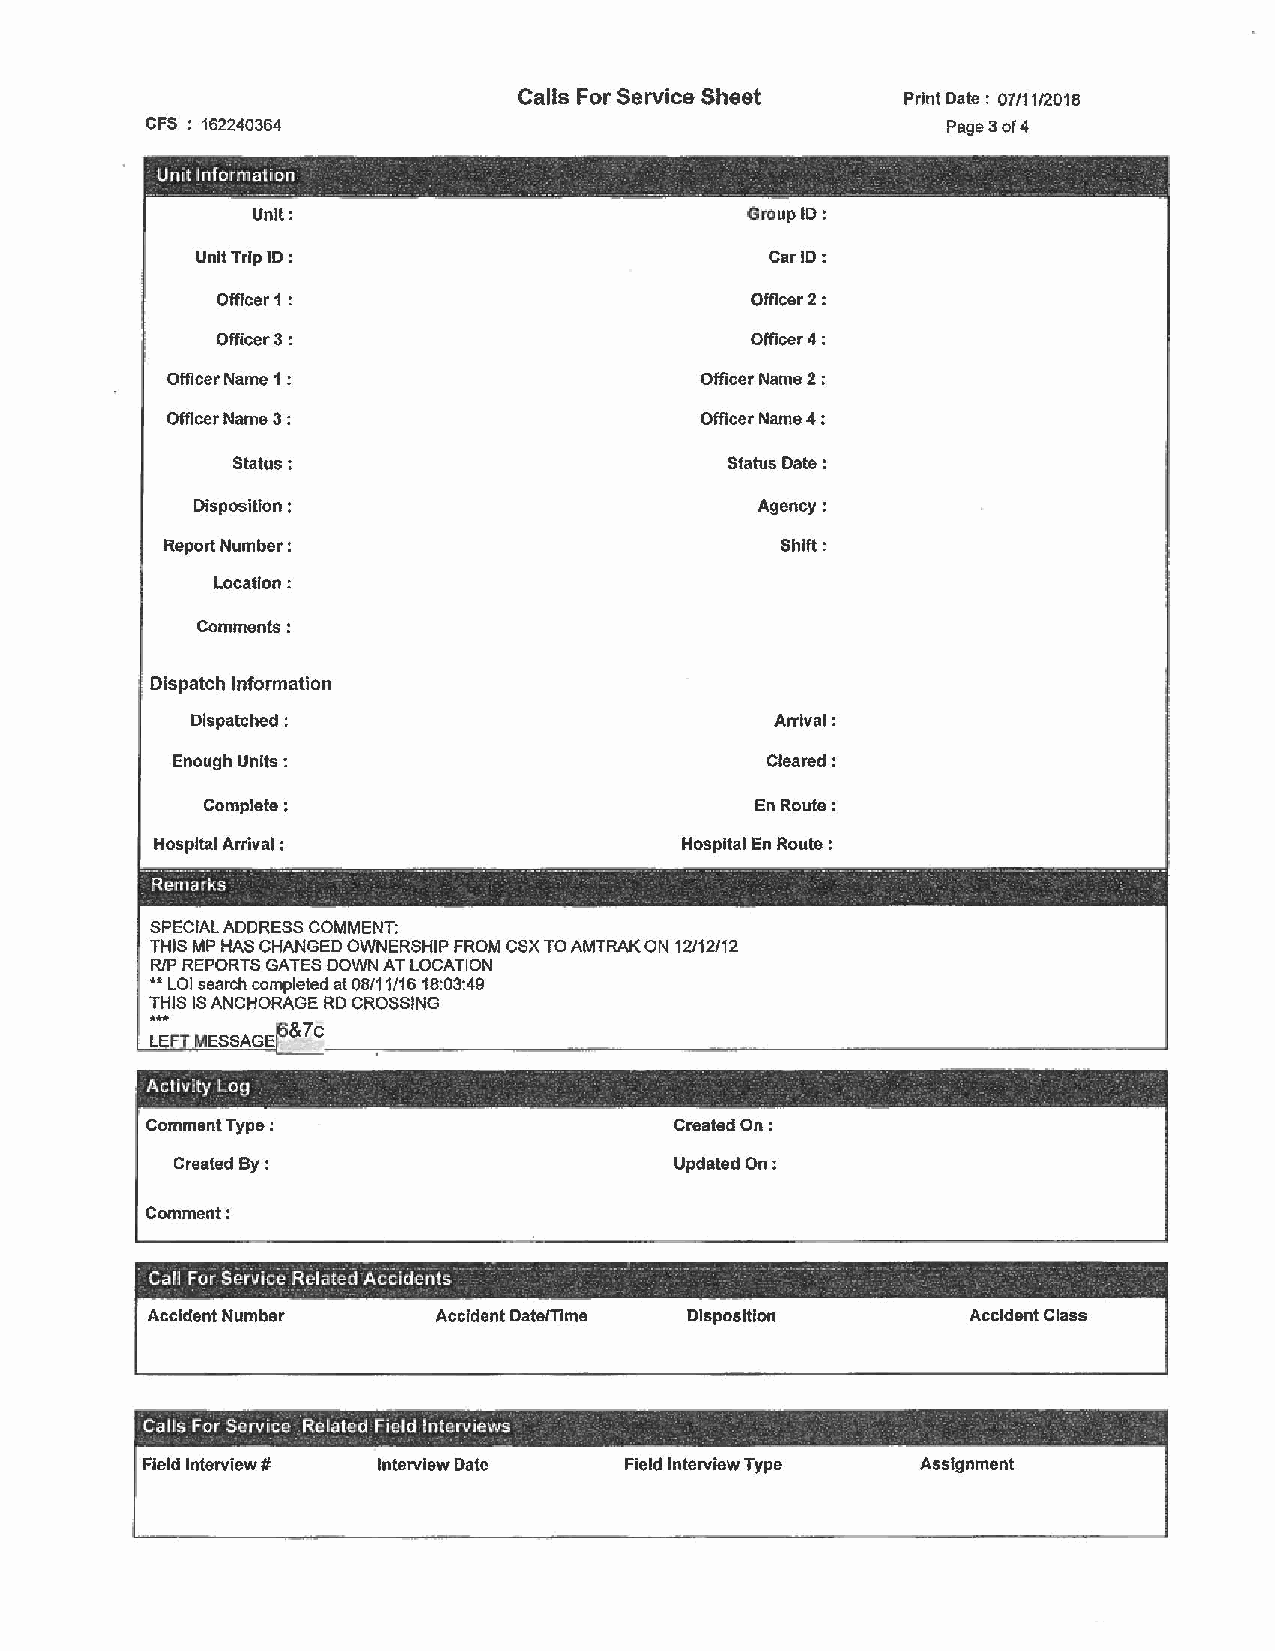
Calls For Service Sheet   Print Date: 07/11/2018
 CFS : 162240364                                      Page 3 of 4
 Unit Information                                             ·
 -      --- -- --        - --.    ·-- .
 Unit:                           Group ID:
 Unit Trip ID :                        Car ID:
 Officer 1 :                         Officer 2:
 Officer3:                           Offlcer4:
 Officer Name 1 :                   Officer Name 2 ;
 Officer Name 3 :                   Officer Name 4 :
 Status:                          Status Date :
 Disposition :                        Agency:
 Report Number :                          Shift:
 Location:
 Comments:
 Dispatch Information
 Dispatched:                           Arrival:
 Enough Units :                          Cleared:
 Complete:                            En Route:
 Hospital Arrival :                 Hospital En Route :
 --- ---·· -- - - ·------ - . --·- . -·--------· . - - - ---- . - - . - - - --
 Remarks                                         ·
 SPECIAL ADDRESS COMMENT:
 THIS MP HAS CHANGED OWNERSHIP FROM CSX TO AMTRAK ON 12/12/12
 R/P REPORTS GATES DOWN AT LOCATION
 ** LOI search completed at 08/11/16 18:03:49
 THJS IS ANCHORAGE RD CROSSING
 ~;F MESSAGEf6&?c
 -
 Activity Log                                       ·
 -          .  -      -
 Comment Type :                     Created On:
 Created By:                      Updated On:
 Comment:
 Ca!I For Service Related Accidents . . . . . . . .....
 Accident Number    Accident Date/Time Disposition     Accident Class
 Calls For Service Related Field Interviews
 Field Interview# Interview Date Field Interview Type Assignment